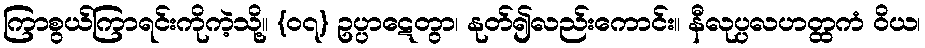
ကြာစွယ်ကြာရင်းကိုကဲ့သို့။ {၀၇} ဥပ္ပာဋေတွာ၊ နုတ်၍လည်းကောင်း။ နီလုပ္ပလဟတ္ထကံ ဝိယ၊